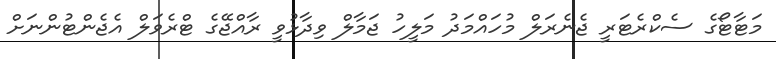
މަޓާޓޯގެ ސެކްރެޓަރީ ޖެނެރަލް މުހައްމަދު މަލީހު ޖަމާލް ވިދާޅުވީ ރާއްޖޭގެ ޓްރެވަލް އެޖެންޓުންނަށް